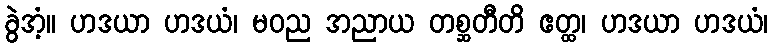
ခွဲအံ့။ ဟဒယာ ဟဒယံ၊ မဝည အညာယ တစ္ဆတီတိ ဧတ္ထ၊ ဟဒယာ ဟဒယံ၊